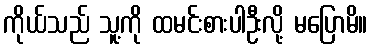
ကိုယ်သည် သူ့ကို ထမင်းစားပါဦးလို့ မပြောမိ။